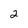
Character: 2